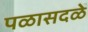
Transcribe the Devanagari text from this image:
पळासदळे